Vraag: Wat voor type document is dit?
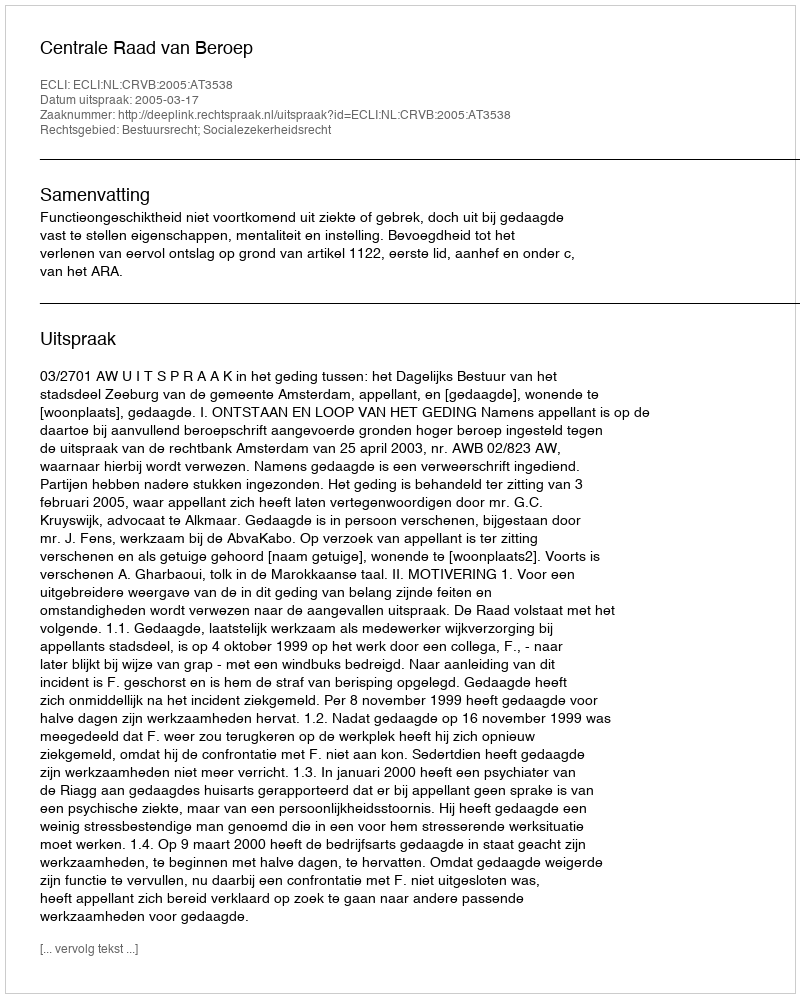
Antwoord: Uitspraak